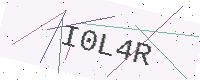
Text: I0L4R